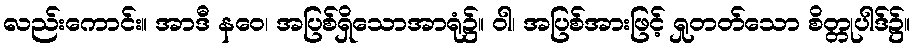
လည်းကောင်း။ အာဒီ နဝေ၊ အပြစ်ရှိသောအာရုံ၌။ ဝါ၊ အပြစ်အားဖြင့် ရှုတတ်သော စိတ္တုပါဒ်၌။